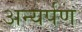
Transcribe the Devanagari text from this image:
अन्यर्पण